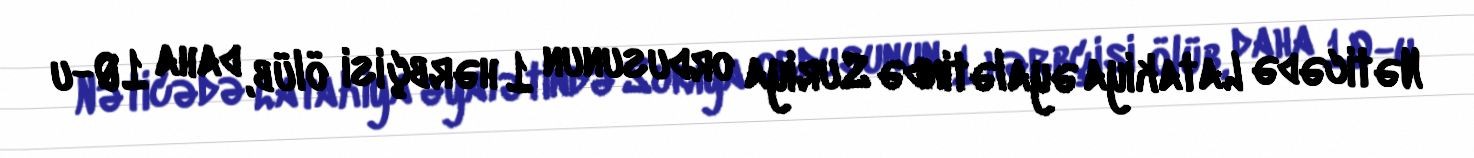
Nəticədə Latakiya əyalətində Suriya ordusunun 1 hərbçisi ölüb, daha 10-u